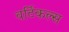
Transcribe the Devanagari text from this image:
वर्टिकल्स